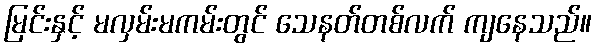
မြင်းနှင့် မလှမ်းမကမ်းတွင် သေနတ်တစ်လက် ကျနေသည်။